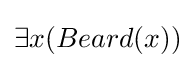
\exists x(Beard(x))